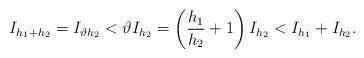
LaTeX: \begin{align*}I_{h_1+h_2}=I_{\vartheta h_2}<\vartheta I_{h_2}=\left(\frac{h_1}{h_2}+1 \right)I_{h_2}<I_{h_1}+I_{h_2}.\end{align*}